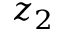
z _ { 2 }